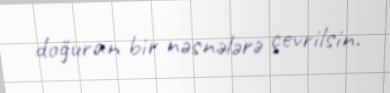
doğuran bir nəsnələrə çevrilsin.